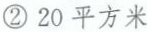
②20平方米